School attendance. Limitation of power of exemption, 1937
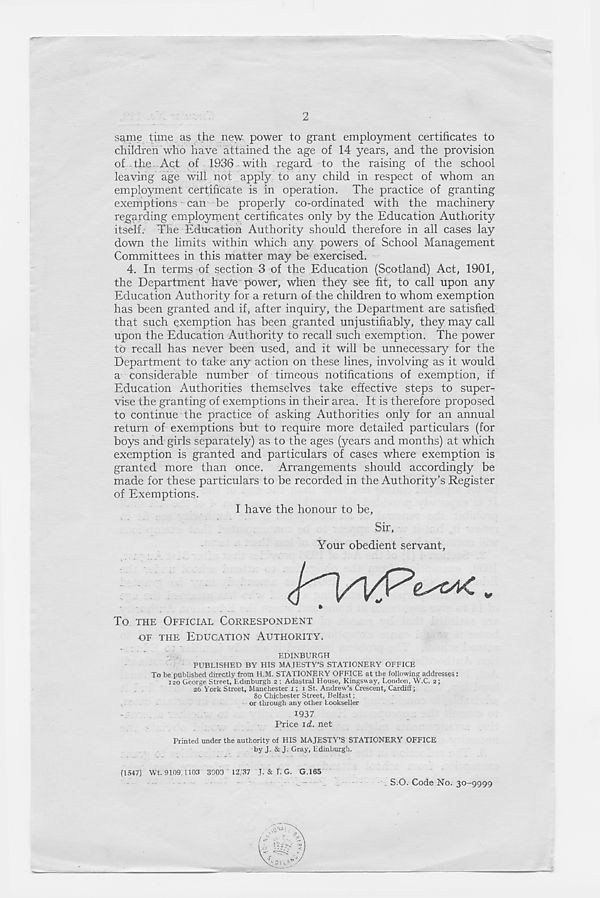
2
same time as the new power to grant employment certificates to
children who have attained the age of 14 years, and the provision
of the Act of 1936 with regard to the raising of the school
leaving age will not apply to any child in respect of whom an
employment certificate is in operation. The practice of granting
exemptions can be properly co-ordinated with the machinery
regarding employment certificates only by the Education Authority
itself. The Education Authority should therefore in all cases lay
down the limits within which any powers of School Management
Committees in this matter may be exercised.
4. In terms of section 3 of the Education (Scotland) Act, 1901,
the Department have power, when they sfee fit, to call upon any
Education Authority for a return of the children to whom exemption
has been granted and if, after inquiry, the Department are satisfied
that such exemption has been granted unjustifiably, they may call
upon the Education Authority to recall such exemption. The power
to recall has never been used, and it will be unnecessary for the
Department to take any action on these lines, involving as it would
a considerable number of timeous notifications of exemption, if
Education Authorities themselves take effective steps to super-
vise the granting of exemptions in their area. It is therefore proposed
to continue the practice of asking Authorities only for an annual
return of exemptions but to require more detailed particulars (for
boys and girls separately) as to the ages (years and months) at which
exemption is granted and particulars of cases where exemption is
granted more than once. Arrangements should accordingly be
made for these particulars to be recorded in the Authority’s Register
of Exemptions.
I have the honour to be.
Sir,
Your obedient servant,
To THE OFFICIAL CORRESPONDENT
OF THE EDUCATION AUTHORITY.
EDINBURGH
PUBLISHED BY HIS MAJESTY’S STATIONERY OFFICE
To be published directly from H.M. STATIONERY OFFICE at the following addresses:
120 George Street, Edinburgh 2 ; Adastral House, Kingsway, London, W.C. 2;
26 York Street, Manchester 1; 1 St. Andrew’s Crescent, Cardiff;
80 Chichester Street, Belfast;
or through any other bookseller
1937
Price \d. net
Printed under the authority of HIS MAJESTY’S STATIONERY OFFICE
by J. & J. Gray, Edinburgh.
(1547)' Wt. 9109 1103 3000 ' 12/37 T. & L G. G.165
-
—
_— . .—
S.O. Code No. 30-9999